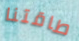
طاقتنا